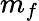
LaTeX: m_{f}